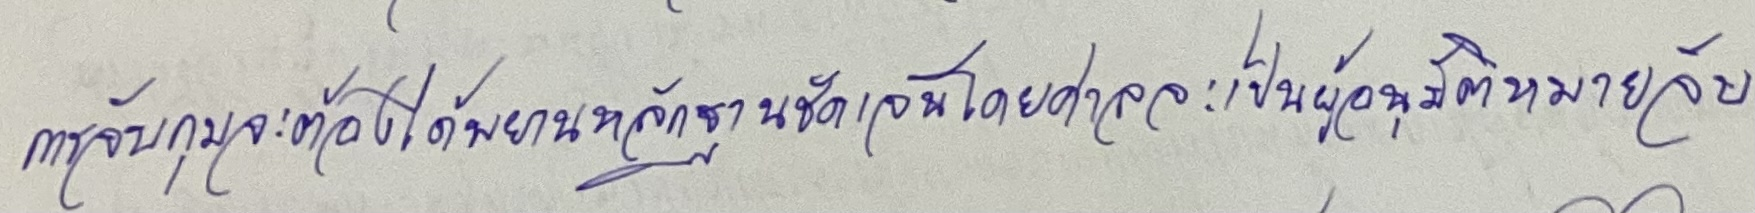
การจับกุมจะต้องได้พยานหลักฐานชัดเจนโดยศาลจะเป็นผู้อนุมัติหมายจับ